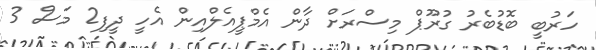
ހަރުބީ ބޮޑުބެރު ގުރޫޕް މިސްރަށް ދާން އެމްޕީއެލްއިން އެހީ ދީފި2 މަސް 3